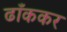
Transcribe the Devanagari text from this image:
ढाँककर